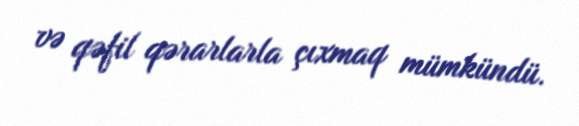
və qəfil qərarlarla çıxmaq mümkündü.